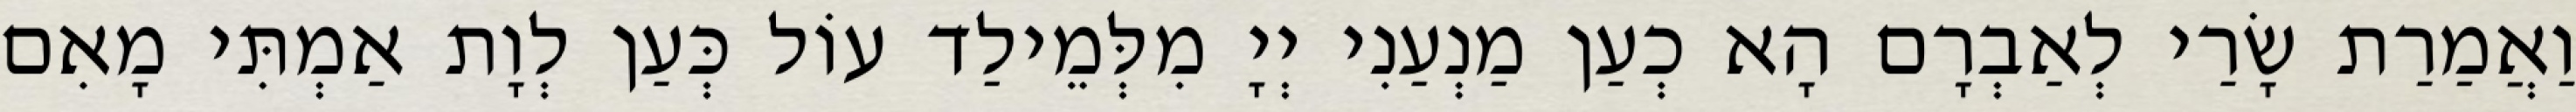
וַאֲמַרַת שָׂרַי לְאַבְרָם הָא כְעַן מַנְעַנִי יְיָ מִלְּמֵילַד עוֹל כְּעַן לְוָת אַמְתִּי מָאִם